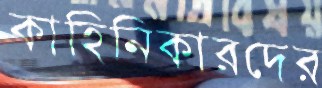
কাহিনিকারদের